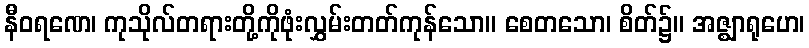
နီဝရဏေ၊ ကုသိုလ်တရားတို့ကိုဖုံးလွှမ်းတတ်ကုန်သော။ စေတသော၊ စိတ်၌။ အဇ္ဈာရုဟေ၊